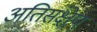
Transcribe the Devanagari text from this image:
अतिसंक्षेप